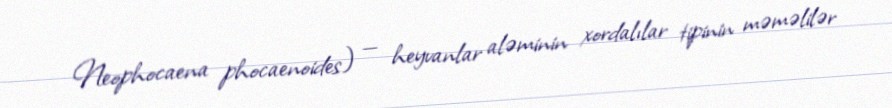
Neophocaena phocaenoides) — heyvanlar aləminin xordalılar tipinin məməlilər